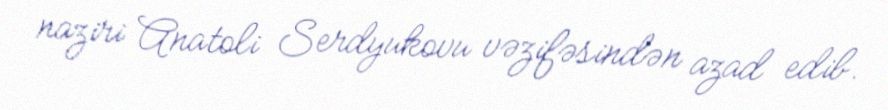
naziri Anatoli Serdyukovu vəzifəsindən azad edib.